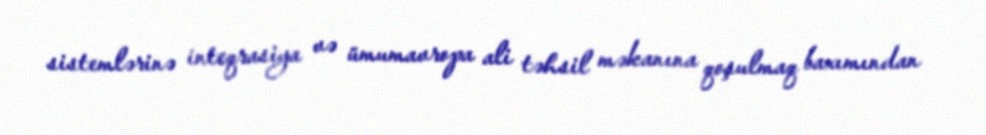
sistemlərinə inteqrasiya və ümumavropa ali təhsil məkanına qoşulmaq baxımından